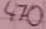
Text: 470